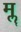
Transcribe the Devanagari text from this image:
मॣ